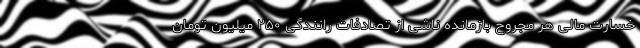
خسارت مالی هر مجروح بازمانده ناشی از تصادفات رانندگی ۲۵۰ میلیون تومان